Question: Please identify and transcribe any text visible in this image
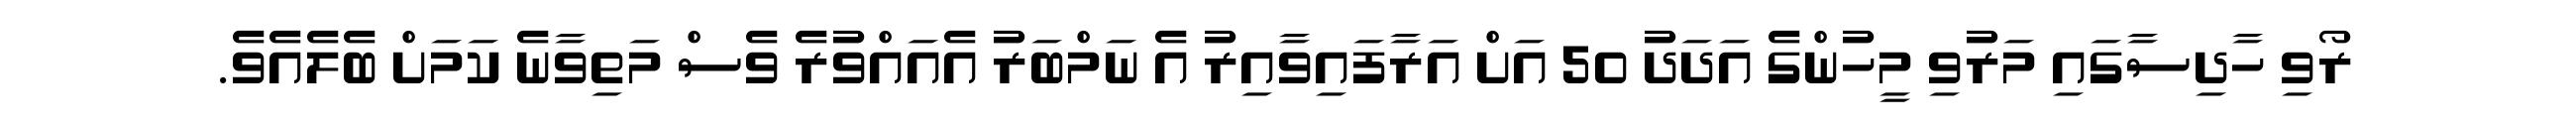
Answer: ރޯވި ހާދިސާގައި މަރުވި މީހުންގެ އަދަދު 50 އަށް އަރާފައިވާއިރު އެ ނަމްބަރު އެއައްވުރެ ވެސް މަތިވާނެ ކަމަށް ބެލެއެވެ.